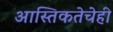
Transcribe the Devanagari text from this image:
आस्तिकतेचेही